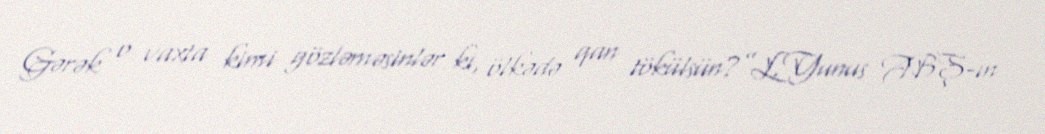
Gərək o vaxta kimi gözləməsinlər ki, ölkədə qan tökülsün?”L.Yunus ABŞ-ın